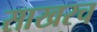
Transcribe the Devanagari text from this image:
साखरच